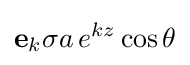
\mathbf {e} _{k}\sigma a\,e^{kz}\cos \theta